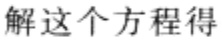
解这个方程得